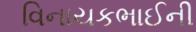
વિનાયકભાઈની